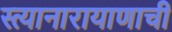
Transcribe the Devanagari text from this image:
स्त्यानारायाणाची